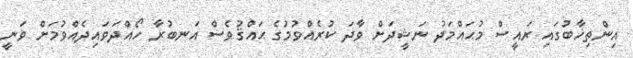
އިންތިޚާބުގައި ރައީސް މުޙައްމަަދު ނަޝީދަށް ވާދަ ކުރެއްވުމުގެ ޙައްޤުވެސް އަނބުރާ ހޯއްދަވައިދެއްވުމަށް ވަނީ